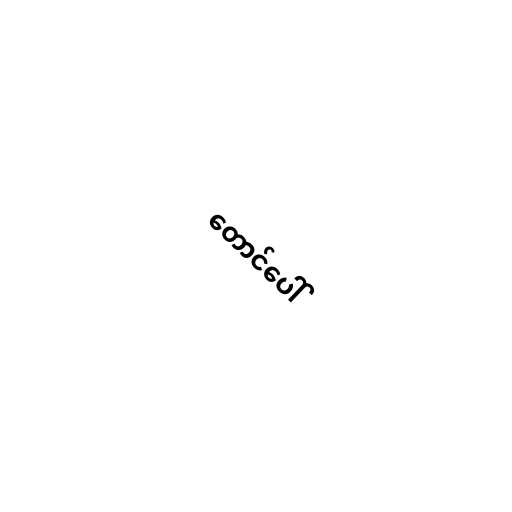
တောင်ပေါ်